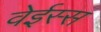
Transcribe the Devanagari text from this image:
वेईस्स